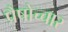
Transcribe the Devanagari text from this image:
प्रैषोच्चार